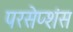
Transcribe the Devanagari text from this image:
परसेप्शंस